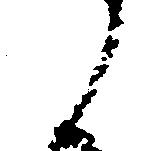
候